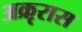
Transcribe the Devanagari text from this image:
अक्रृरास